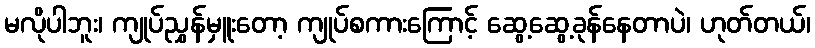
မလိုပါဘူး၊ ကျုပ်ညွှန်မှူးတော့ ကျုပ်စကားကြောင့် ဆွေ့ဆွေ့ခုန်နေတာပဲ၊ ဟုတ်တယ်၊